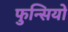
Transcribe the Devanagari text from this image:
फुन्सियों